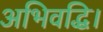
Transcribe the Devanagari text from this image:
अभिवद्धि।